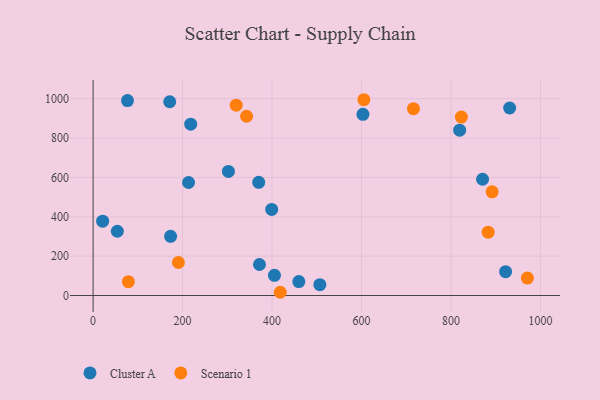
{"axis": {"x": "Study Hours", "y": "Sales"}, "legend": ["Cluster A", "Scenario 1"], "data": [{"x": "302.5", "y": 630.3, "type": "Cluster A"}, {"x": "405.4", "y": 102.4, "type": "Cluster A"}, {"x": "370.2", "y": 575.1, "type": "Cluster A"}, {"x": "171.3", "y": 984.5, "type": "Cluster A"}, {"x": "76.9", "y": 990.5, "type": "Cluster A"}, {"x": "922.1", "y": 121.0, "type": "Cluster A"}, {"x": "603.2", "y": 920.6, "type": "Cluster A"}, {"x": "506.9", "y": 55.0, "type": "Cluster A"}, {"x": "173.2", "y": 300.8, "type": "Cluster A"}, {"x": "399.2", "y": 437.3, "type": "Cluster A"}, {"x": "213.4", "y": 574.2, "type": "Cluster A"}, {"x": "819.4", "y": 840.1, "type": "Cluster A"}, {"x": "218.2", "y": 870.5, "type": "Cluster A"}, {"x": "870.6", "y": 590.8, "type": "Cluster A"}, {"x": "459.9", "y": 70.8, "type": "Cluster A"}, {"x": "931.2", "y": 952.8, "type": "Cluster A"}, {"x": "21.3", "y": 377.5, "type": "Cluster A"}, {"x": "371.9", "y": 157.7, "type": "Cluster A"}, {"x": "54.1", "y": 326.6, "type": "Cluster A"}, {"x": "823.3", "y": 906.7, "type": "Scenario 1"}, {"x": "190.7", "y": 167.9, "type": "Scenario 1"}, {"x": "892.0", "y": 526.9, "type": "Scenario 1"}, {"x": "883.1", "y": 322.1, "type": "Scenario 1"}, {"x": "418.4", "y": 16.5, "type": "Scenario 1"}, {"x": "78.9", "y": 70.5, "type": "Scenario 1"}, {"x": "970.8", "y": 88.5, "type": "Scenario 1"}, {"x": "319.9", "y": 966.9, "type": "Scenario 1"}, {"x": "605.3", "y": 994.8, "type": "Scenario 1"}, {"x": "716.2", "y": 949.2, "type": "Scenario 1"}, {"x": "343.1", "y": 910.9, "type": "Scenario 1"}]}